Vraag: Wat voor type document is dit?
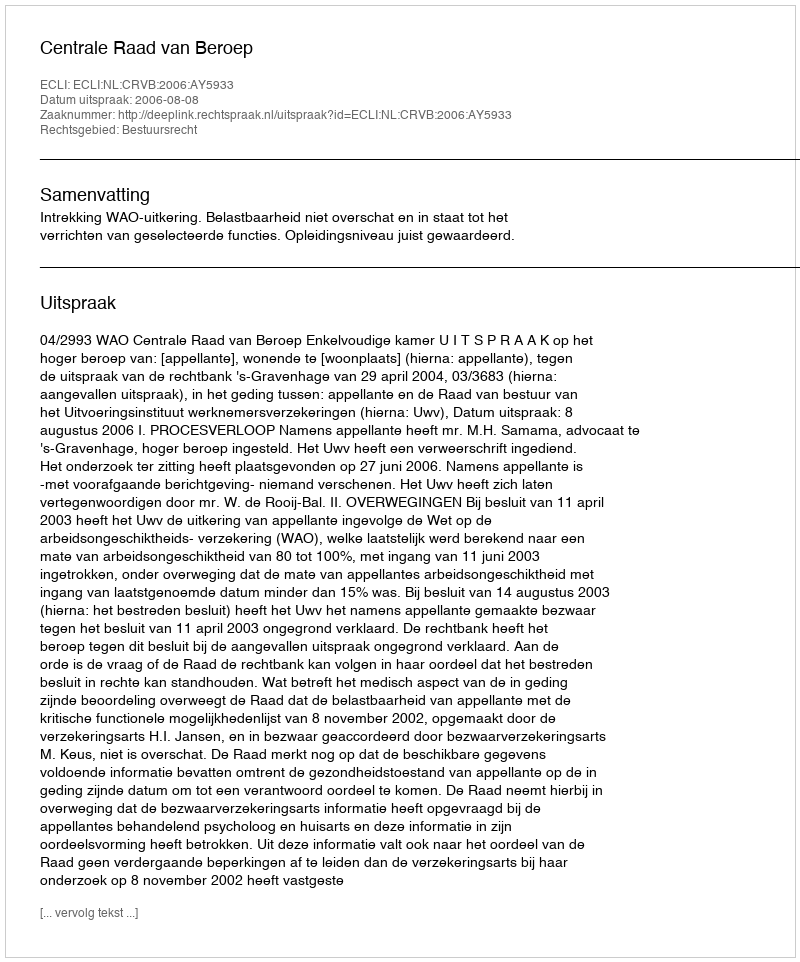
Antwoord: Uitspraak